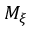
M _ { \xi }